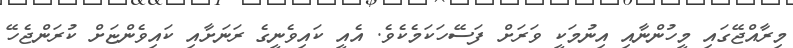
މިރާއްޖޭގައި މީހުންނާއި އިނުމަކީ ވަރަށް ފަސޭހަކަމެކެވެ. އެއީ ކައިވެނީގެ ރަނަށާއި ކައިވެންޏަށް ކުރަންޖެހޭ